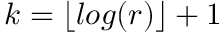
k = \lfloor l o g ( r ) \rfloor + 1